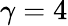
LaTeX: \gamma=4